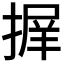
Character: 𭡱